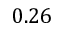
0 . 2 6